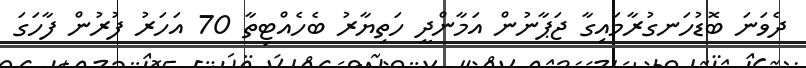
ދެވަނަ ބޮޑުހަނގުރާމައިގާ ޖަޕާނުން އަމާންދީ ހަތިޔާރު ބެހެއްޓިތާ 70 އަހަރު ފުރުން ފާހަގަ